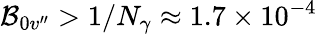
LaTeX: \mathcal{B}_{0v^{\prime\prime}}>1/N_{\gamma}\approx1.7\times10^{-4}